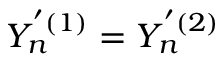
Y _ { n } ^ { ' ( 1 ) } = Y _ { n } ^ { ' ( 2 ) }